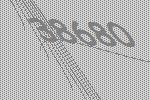
38680